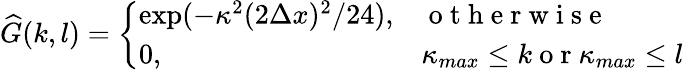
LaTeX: \widehat{G}(k,l)=\left\{ \begin{array}{ll}{\exp(-\kappa^{2}(2\Delta x)^{2}/24),}&{\mathrm{~o~t~h~e~r~w~i~s~e~}}\\ {0,}&{\kappa_{max}\leq k\mathrm{~o~r~}\kappa_{max}\leq l}\end{array}\right.